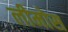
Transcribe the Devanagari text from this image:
लीमोस